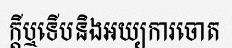
ក្តីឬទើបនិងអយ្យការចោត